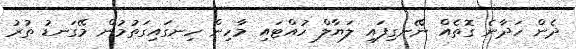
ދެން ހަދާނެ ގޮތެއް ނޭނގިފައި ލަޔާލް ހުއްޓައި މާހިން ހިނގައިގަތުމުން މޭގަނޑު ތުރު